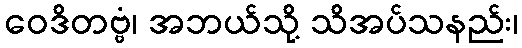
ဝေဒိတဗ္ဗံ၊ အဘယ်သို့ သိအပ်သနည်း၊